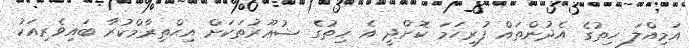
އަމިއްލަ ހިތުގެ އެދުންތައް ފުރިހަމަ ކޮށްދީ އެ ހިތުގެ ޝުޢޫރުތަކަށް އިޙްތިރާމްކުރާ ބައިވެރިއަކު